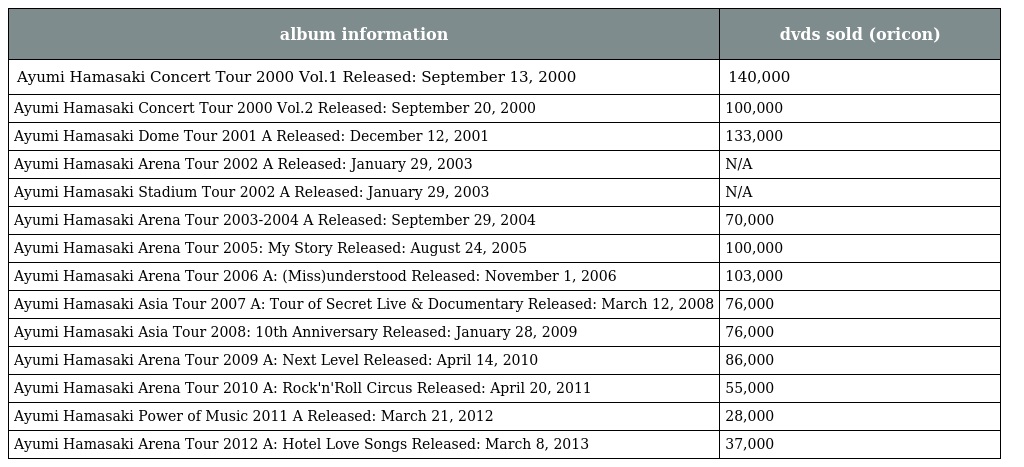
| album information | dvds sold (oricon) |
 | --- | --- |
 | Ayumi Hamasaki Concert Tour 2000 Vol.1 Released: September 13, 2000 | 140,000 |
 | Ayumi Hamasaki Concert Tour 2000 Vol.2 Released: September 20, 2000 | 100,000 |
 | Ayumi Hamasaki Dome Tour 2001 A Released: December 12, 2001 | 133,000 |
 | Ayumi Hamasaki Arena Tour 2002 A Released: January 29, 2003 | N/A |
 | Ayumi Hamasaki Stadium Tour 2002 A Released: January 29, 2003 | N/A |
 | Ayumi Hamasaki Arena Tour 2003-2004 A Released: September 29, 2004 | 70,000 |
 | Ayumi Hamasaki Arena Tour 2005: My Story Released: August 24, 2005 | 100,000 |
 | Ayumi Hamasaki Arena Tour 2006 A: (Miss)understood Released: November 1, 2006 | 103,000 |
 | Ayumi Hamasaki Asia Tour 2007 A: Tour of Secret Live & Documentary Released: March 12, 2008 | 76,000 |
 | Ayumi Hamasaki Asia Tour 2008: 10th Anniversary Released: January 28, 2009 | 76,000 |
 | Ayumi Hamasaki Arena Tour 2009 A: Next Level Released: April 14, 2010 | 86,000 |
 | Ayumi Hamasaki Arena Tour 2010 A: Rock'n'Roll Circus Released: April 20, 2011 | 55,000 |
 | Ayumi Hamasaki Power of Music 2011 A Released: March 21, 2012 | 28,000 |
 | Ayumi Hamasaki Arena Tour 2012 A: Hotel Love Songs Released: March 8, 2013 | 37,000 |